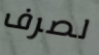
لصرف